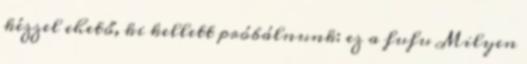
kézzel ehető, ki kellett próbálnunk: ez a fufu Milyen